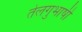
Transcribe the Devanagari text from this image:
तेलगुभाषी